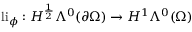
\mathrm { l i } _ { \phi } : H ^ { \frac { 1 } { 2 } } \Lambda ^ { 0 } ( \partial \Omega ) \to H ^ { 1 } \Lambda ^ { 0 } ( \Omega )